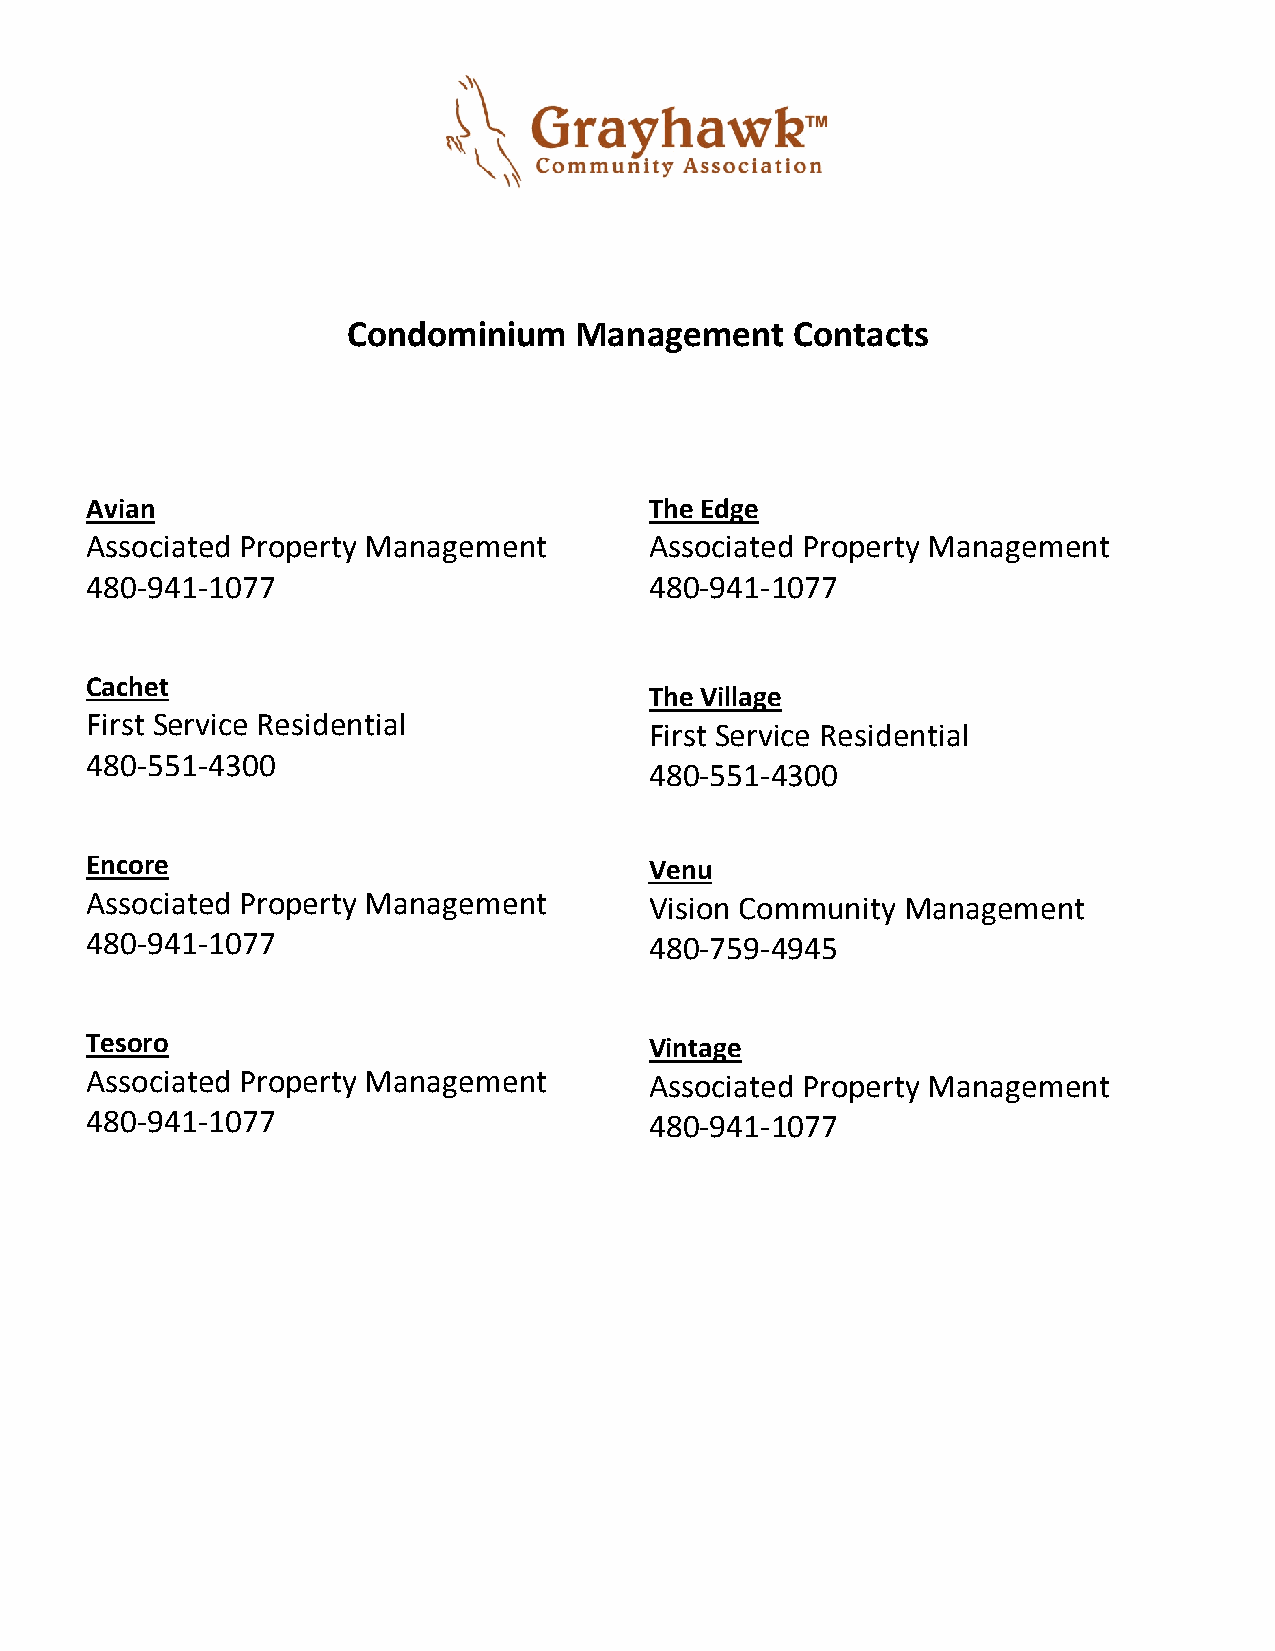
Condominium    Management     Contacts
 Avian                                The Edge
 Associated Property Management       Associated Property Management
 480-941-1077                         480-941-1077
 Cachet
 The Village
 First Service Residential
 First Service Residential
 480-551-4300
 480-551-4300
 Encore                               Venu
 Associated Property Management       Vision Community Management
 480-941-1077                         480-759-4945
 Tesoro                               Vintage
 Associated Property Management       Associated Property Management
 480-941-1077                         480-941-1077